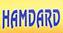
hamdard